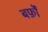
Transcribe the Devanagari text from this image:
बर्फ़ों